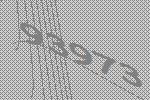
93973